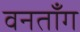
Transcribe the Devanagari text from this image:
वनताँग